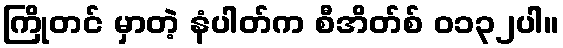
ကြိုတင် မှာတဲ့ နံပါတ်က စီအိတ်စ် ၀၁၃၂ပါ။